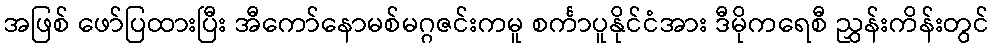
အဖြစ် ဖော်ပြထားပြီး အီကော်နောမစ်မဂ္ဂဇင်းကမူ စင်္ကာပူနိုင်ငံအား ဒီမိုကရေစီ ညွှန်းကိန်းတွင်